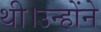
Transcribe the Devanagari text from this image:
थी।उन्होंने